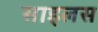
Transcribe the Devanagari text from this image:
साइलस